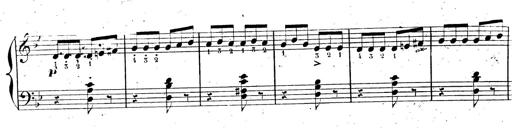
Title: AnnÃ©es de pÃ¨lerinage II, SupplÃ©ment
Composer: Franz Liszt